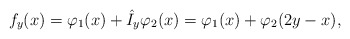
\begin{align*}f_{y}(x)=\varphi _{1}(x)+\hat{I}_{y}\varphi _{2}(x)=\varphi _{1}(x)+\varphi_{2}(2y-x), \end{align*}